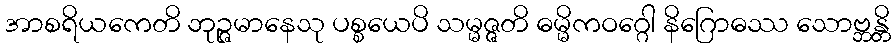
အာစရိယကေတိ ဘုဉ္ဇမာနေသု ပစ္စယေပိ သမ္မဇ္ဇတိ ဓမ္မိကဝဂ္ဂေါ နိဂြောဓဿ သောဗ္ဘန္တိ